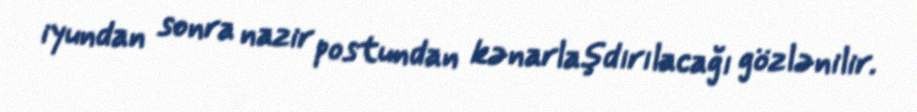
iyundan sonra nazir postundan kənarlaşdırılacağı gözlənilir.